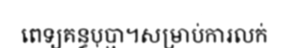
ពេទ្យគន្ធបុប្ផា។សម្រាប់ការលក់